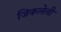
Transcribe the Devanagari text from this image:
जिकलेली